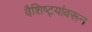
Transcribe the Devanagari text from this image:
वैशिष्ट्यांवरून